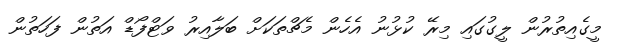
މީގެއިތުރުން ލީގުގައި މިރޭ ކުޅުނު އެހެން މެޗްތަކަށް ބަލާއިރު ވަޓްފޯޑް އަތުން ފަހަތުން